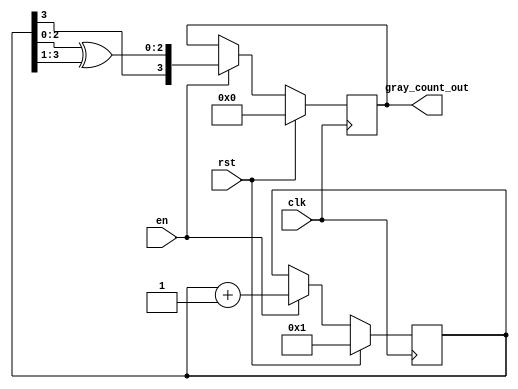
module GrayCounter_2
   #(parameter   COUNTER_WIDTH = 4)
    (output reg  [COUNTER_WIDTH-1:0]    gray_count_out,  
     input wire                         en,  
     input wire                         rst,   
     input wire                         clk);
    reg    [COUNTER_WIDTH-1:0]         binary_count;
    always @ (posedge clk)
        if (rst) begin
            binary_count   <= {COUNTER_WIDTH{1'b 0}} + 1;  
            gray_count_out <= {COUNTER_WIDTH{1'b 0}};      
        end
        else if (en) begin
            binary_count   <= binary_count + 1;
            gray_count_out <= {binary_count[COUNTER_WIDTH-1],
                              binary_count[COUNTER_WIDTH-2:0] ^ binary_count[COUNTER_WIDTH-1:1]};
        end
endmodule